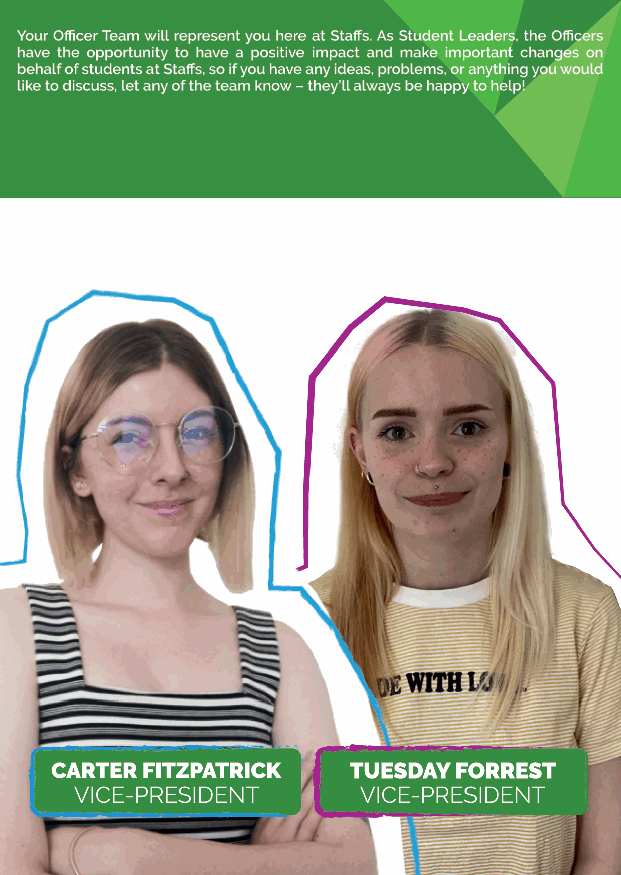
ACADEMIC REPRESENTATION
 They make positive change to your modules and course, helping resolve any issues that might arise
 and spread the good news when things go right – make sure to speak to them regularly about how
 you’re finding your learning and teaching. You can stand to be a Course Rep at the start of the
 academic year, giving you the chance to shape your Union and, supported by our Student Voice Team,
 #LeadTheChange.
 BIG IDEAS AND YOUR #BETTERSTAFFS FORUM
 Do you have an idea that can change the game here at Staffs? Whether it’s a better way for the
 University to deliver something, a new way to connect students or an idea to have a positive impact on
 our community, head to staffsunion.com and submit your idea - we’d love to hear it! From there, we’ll
 work with you to share your thoughts with students to make it happen!
 REPRESENTATIVE NETWORKS
 Your Representative Networks are about making sure all students can connect and make their voices
 heard - regardless of their background or identity. These are student-led opportunities to meet
 like-minded people, and to enhance your learning experience through sharing thoughts and ideas to
 create new campaigns. You can digitally connect with networks from any study site, or you can create
 your very own local network with our Voice Team.
 THE LEADERSHIP RACE
 The Leadership Race is the yearly election to choose your Elected Officer Team, Department
 Representatives and the student leaders for any student groups you may be a part of.
 Every student who has opted into the Union can vote for the candidate whose ideas for change they
 like the best and who they think will fairly represent their experiences. You might read these in their
 manifesto or speak to them in person. Once you’ve made your choice you can cast your vote online at
 staffsunion.com. If you think you’re the right person who will #LeadTheChange then fantastic!
 You’ll gain the unique opportunity to develop your skills and connect with students from various
 backgrounds and perspectives. Speak to the Students’ Union if you’d like to Be Part of It.